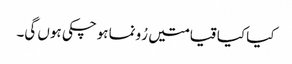
کیا کیا قیامتیں رُونما ہوچکی ہوں گی۔